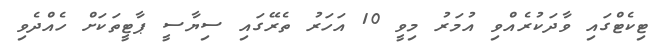
ޓިކެޓްގައި ވާދަކުރެއްވި އުމަރު މިވީ 10 އަހަރު ތެރޭގައި ސިޔާސީ ޕާޓީތަކަށް ހެއްދެވި